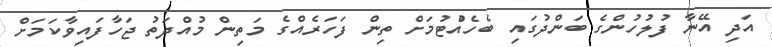
އަދި އޭނާ ފުލުހުންގެ ބަންދުގައި ބެހެއްުޓުމަށް ތިން ފަހަރެއްގެ މަތިން މުއްދަތު ޖަހާފައިވާކަމަށް